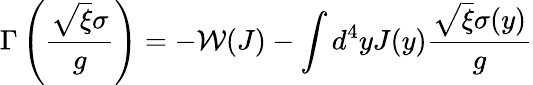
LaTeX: \Gamma\left(\frac{\sqrt{\xi}\sigma}{g}\right)=-\mathcal{W}(J)-\int d^{4}yJ(y)\frac{\sqrt{\xi}\sigma(y)}{g}